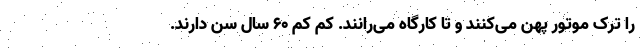
را ترک موتور پهن می‌کنند و تا کارگاه می‌رانند. کمِ کم ۶۰ سال سن دارند.